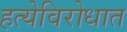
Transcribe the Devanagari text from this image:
हत्येविरोधात